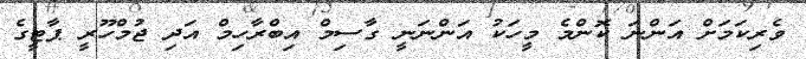
ވެރިކަމަށް އަންނަ ކޮންމެ މީހަކު އަންނަނީ ގާސިމް އިބްރާހިމް އަދި ޖުމްހޫރީ ޕާޓީގެ